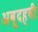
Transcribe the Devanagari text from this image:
अबूदहबी